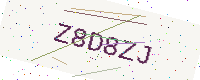
Text: Z8D8ZJ